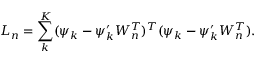
L _ { n } = \sum _ { k } ^ { K } ( \psi _ { k } - \psi _ { k } ^ { \prime } W _ { n } ^ { T } ) ^ { T } ( \psi _ { k } - \psi _ { k } ^ { \prime } W _ { n } ^ { T } ) .